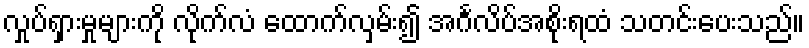
လှုပ်ရှားမှုများကို လိုက်လံ ထောက်လှမ်း၍ အင်္ဂလိပ်အစိုးရထံ သတင်းပေးသည်။